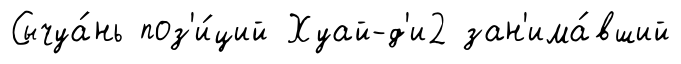
Сычуа́нь поз'и́ций Хуай-д'и2 зан'има́вший